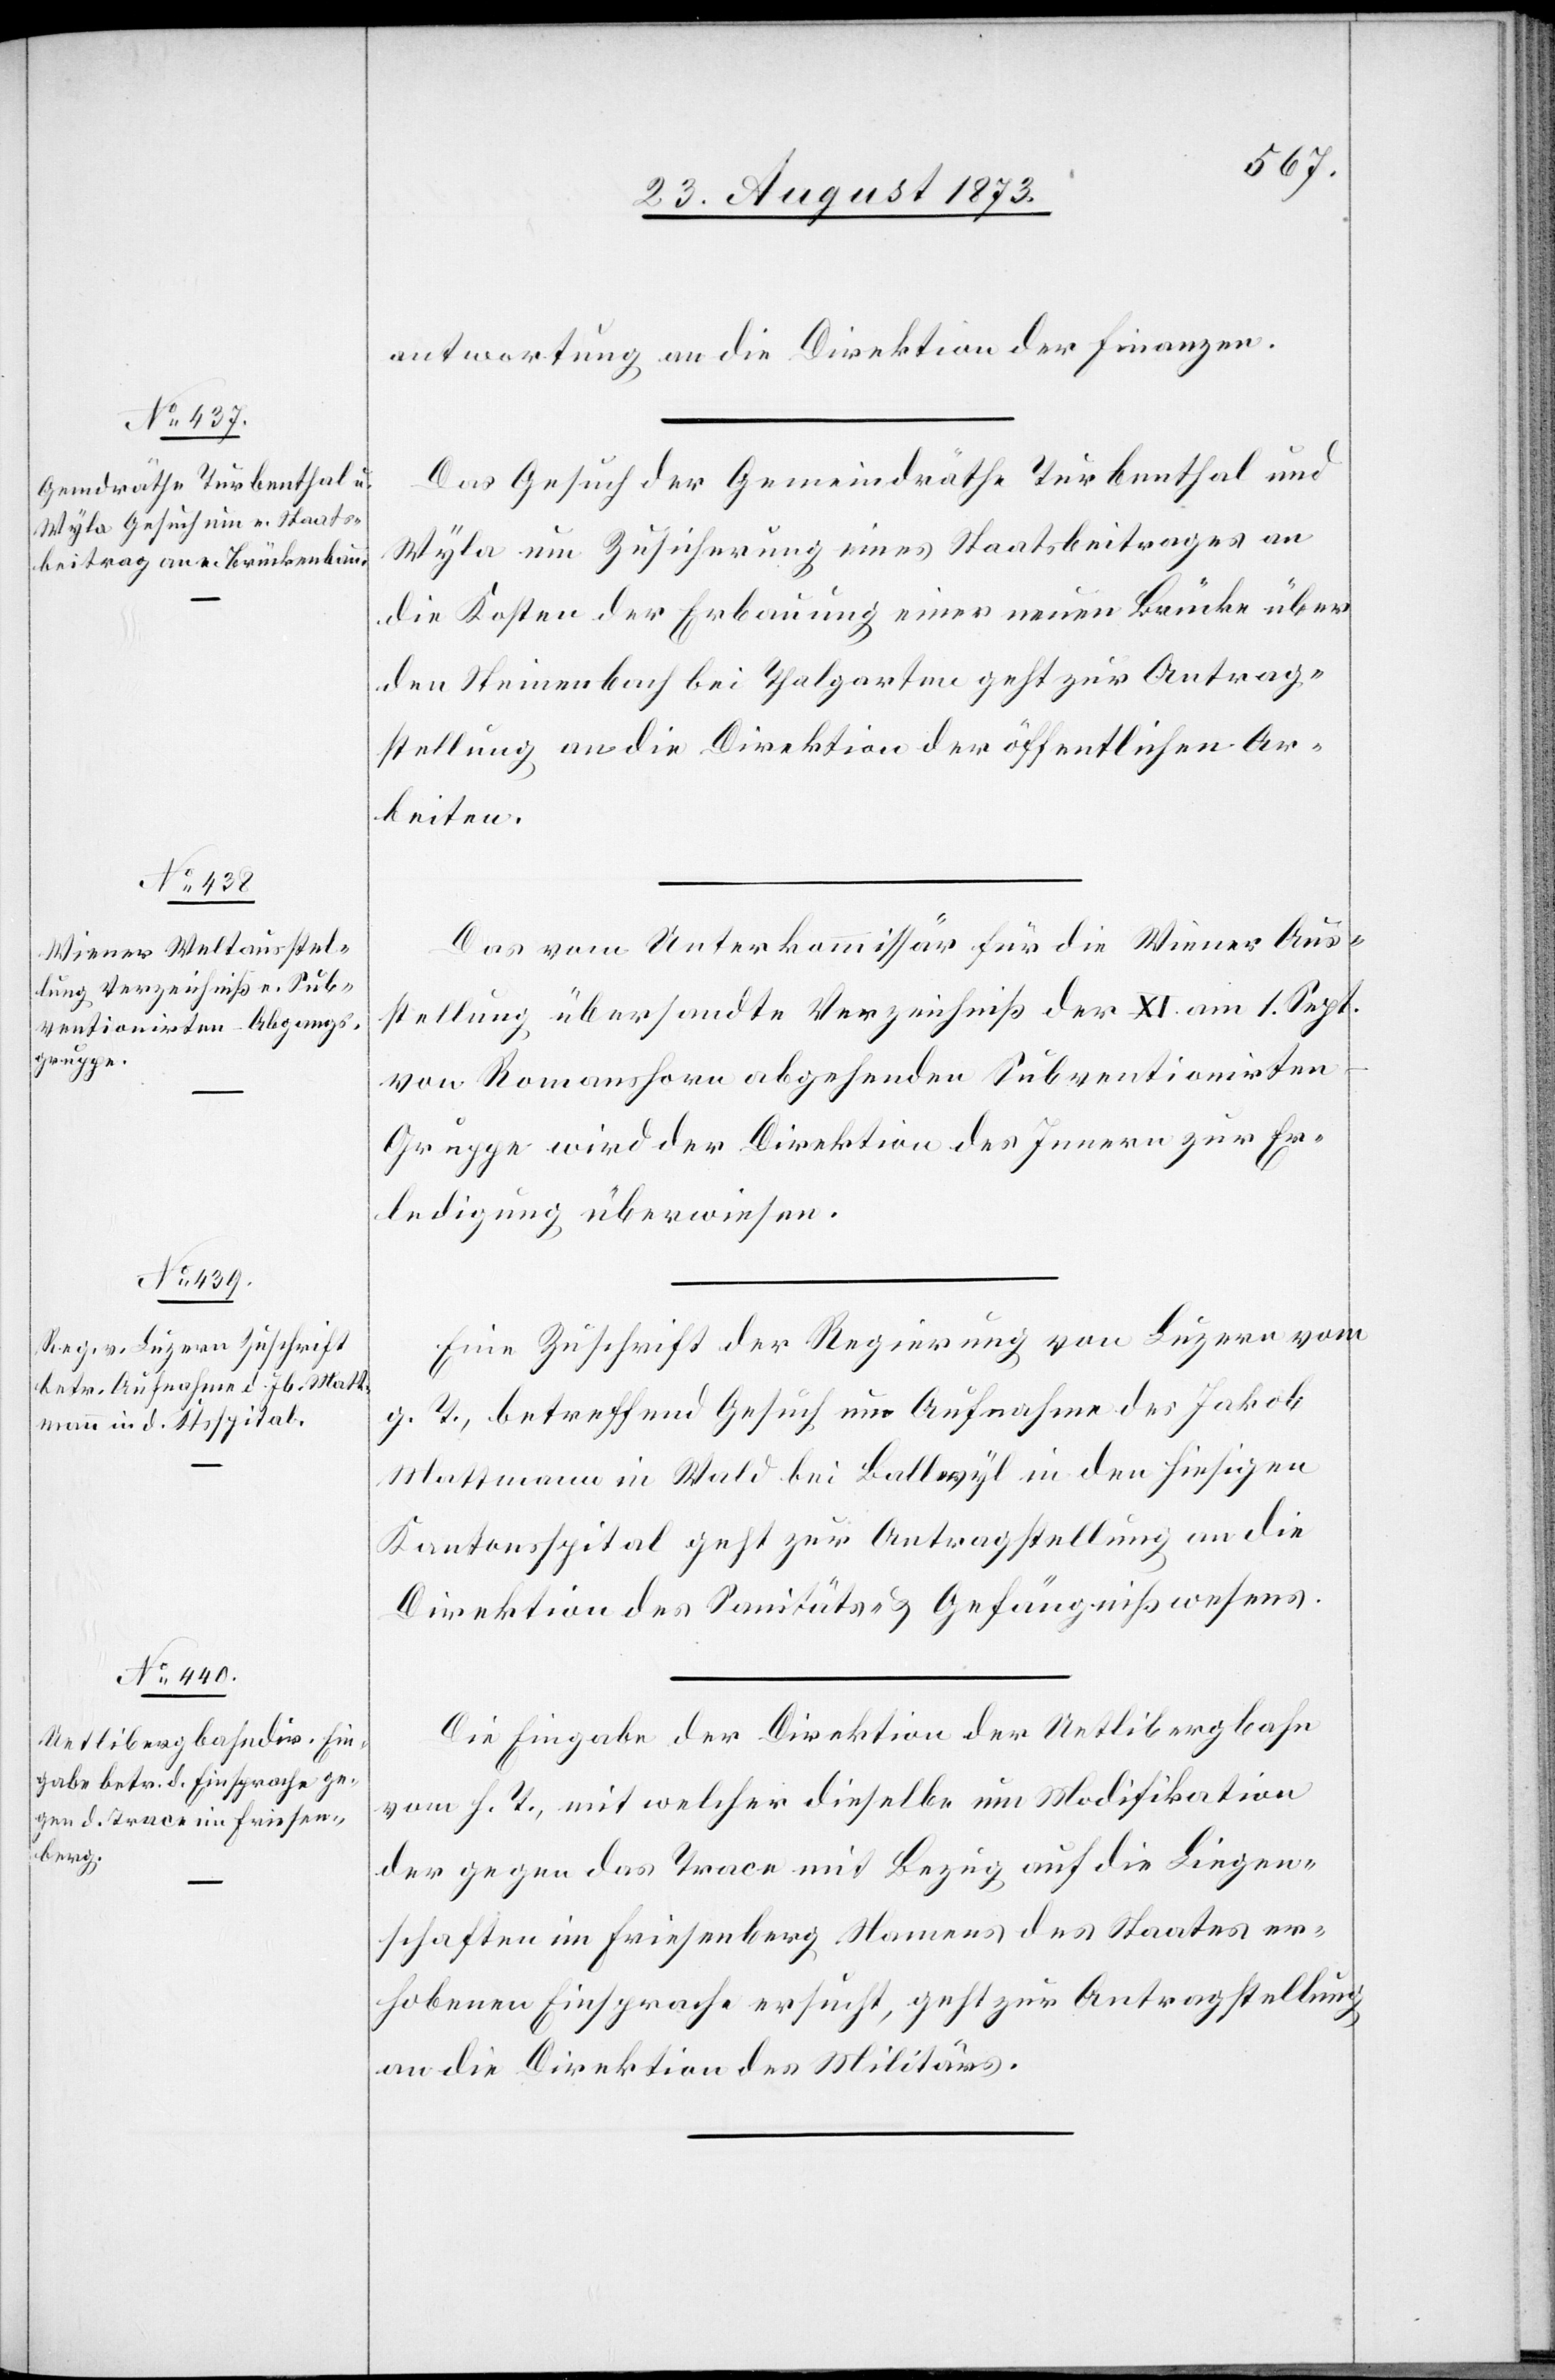
28. August 1873.]
antwortung an die Direktion der Finanzen.
Das Gesuch der Gemeindräthe Turbenthal und
Wyla um Zusicherung eines Staatsbeitrages an
die Kosten der Erbauung einer neuen Brücke über
den Steinenbach bei Thalgarten geht zur Antrag¬
stellung an die Direktion der öffentlichen Ar¬
beiten.
Das vom Unterkommissär für die Wiener Aus¬
stellung übersandte Verzeichniß der XI. am 1. Sept.
von Romanshorn abgehenden Subventionirte¬
n-Gruppe wird der Direktion des Innern zur Er¬
ledigung überwiesen.
Eine Zuschrift der Regierung von Luzern vom
g. T., betreffend Gesuch um Aufnahme des Jakob
Mattmann in Wald bei Ballwyl in den hiesigen
Kantonsspital geht zur Antragstellung an die
Direktion des Sanitäts- & Gefängnißwesens.
Die Eingabe der Direktion der Uetlibergbahn
vom h. T., mit welcher dieselbe um Modifikation
der gegen das Trace mit Bezug auf die Liegen¬
schaften im Friesenberg Namens des Staates er¬
hobenen Einsprache ersucht, geht zur Antragstellung
an die Direktion des Militärs.